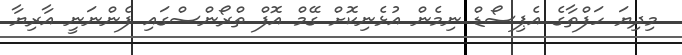
މިދިޔަ ހަފްތާގެ އެޕިސޯޑް ނިމެން އުޅެނިކޮށް ގޭމް އޮފް ތްރޯންސްގައި ފެންނަނީ އާރިޔާ